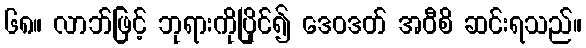
၆၈။ လာဘ်ဖြင့် ဘုရားကိုပြိုင်၍ ဒေဝဒတ် အဝီစိ ဆင်းရသည်။